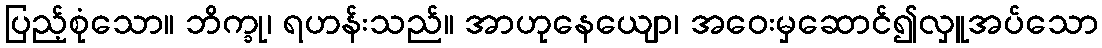
ပြည့်စုံသော။ ဘိက္ခု၊ ရဟန်းသည်။ အာဟုနေယျော၊ အဝေးမှဆောင်၍လှူအပ်သော